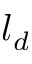
l _ { d }